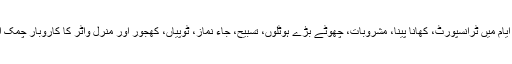
حج کے ایام میں ٹرانسپورٹ، کھانا پینا، مشروبات، چھوٹے بڑے ہوٹلوں، تسبیح، جاء نماز، ٹوپیاں، کھجور اور منرل واٹر کا کاروبار چمک اُٹھتا ہے۔